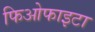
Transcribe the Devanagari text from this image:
फिओफाइटा